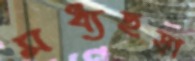
মধ্যছড়া